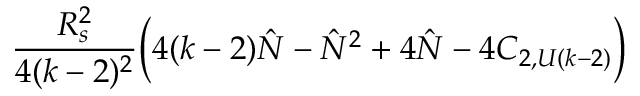
{ \frac { R _ { s } ^ { 2 } } { 4 ( k - 2 ) ^ { 2 } } } \biggl ( 4 ( k - 2 ) { \hat { N } } - { \hat { N } } ^ { 2 } + 4 { \hat { N } } - 4 C _ { 2 , U ( k - 2 ) } \biggr )